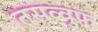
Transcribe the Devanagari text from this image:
तसव्‍वुफ